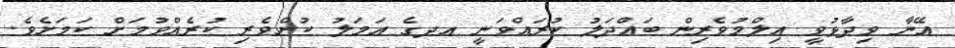
އޭނާ ވިދާޅުވީ އިލްމުވެރިން ބައްދަލު ކުރައްވަނީ އދގެ އަމަލު ކުށްވެރި ކުރެއްވުމަށް ކަމަށެވެ.